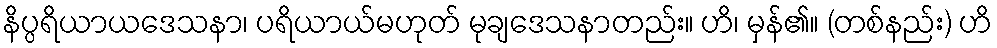
နိပ္ပရိယာယဒေသနာ၊ ပရိယာယ်မဟုတ် မုချဒေသနာတည်း။ ဟိ၊ မှန်၏။ (တစ်နည်း) ဟိ